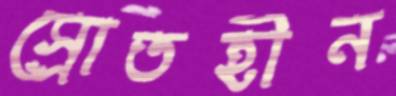
স্রোতহীন